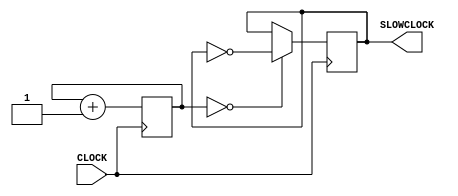
`timescale 1ns / 1ps
//////////////////////////////////////////////////////////////////////////////////
// Company: 
// Engineer: 
// 
// Design Name: 
// Module Name: slow_freq
// Project Name: 
// Target Devices: 
// Tool Versions: 
// Description: 
// 
// Dependencies: 
// 
// Revision:
// Revision 0.01 - File Created
// Additional Comments:
// 
//////////////////////////////////////////////////////////////////////////////////


module slow_freq(
    input CLOCK,
    output reg SLOWCLOCK = 0
    );

    //0.37Hz
    reg [26:0] COUNT = 0;

    always @ (posedge CLOCK) begin
        COUNT <= COUNT + 1;
        SLOWCLOCK <= ( COUNT == 0 ) ? ~SLOWCLOCK : SLOWCLOCK;
    end
endmodule